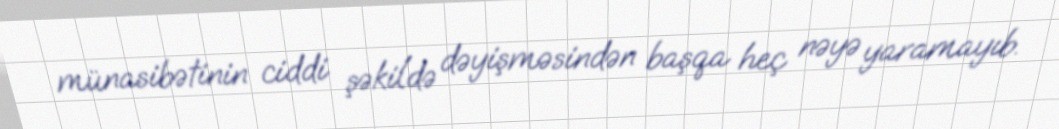
münasibətinin ciddi şəkildə dəyişməsindən başqa heç nəyə yaramayıb.